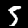
Digit: 5